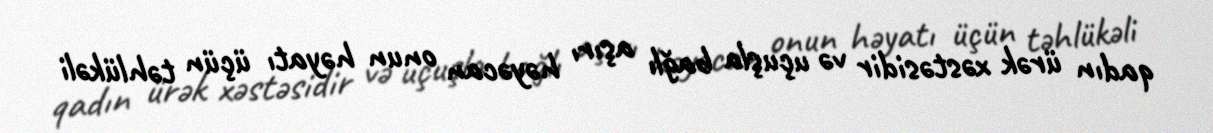
qadın ürək xəstəsidir və uçuşla bağlı aşırı həyəcan onun həyatı üçün təhlükəli